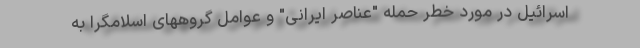
اسرائیل در مورد خطر حمله "عناصر ایرانی" و عوامل گروههای اسلامگرا به